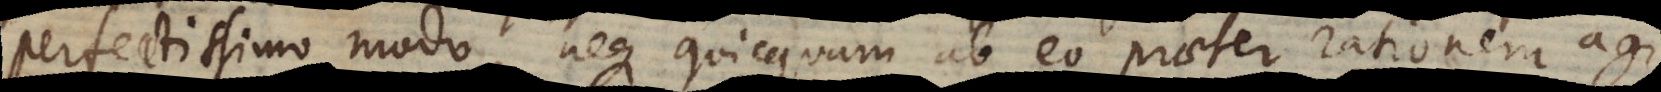
perfectissimo modo, neque quicquam ab eo praeter rationem agi;